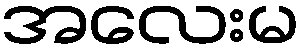
အလေးမ